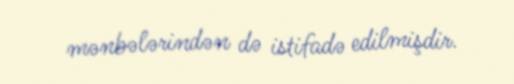
mənbələrindən də istifadə edilmişdir.